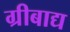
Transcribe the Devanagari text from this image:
ग्रीबाद्य